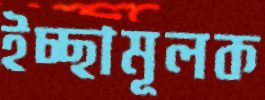
ইচ্ছামূলক